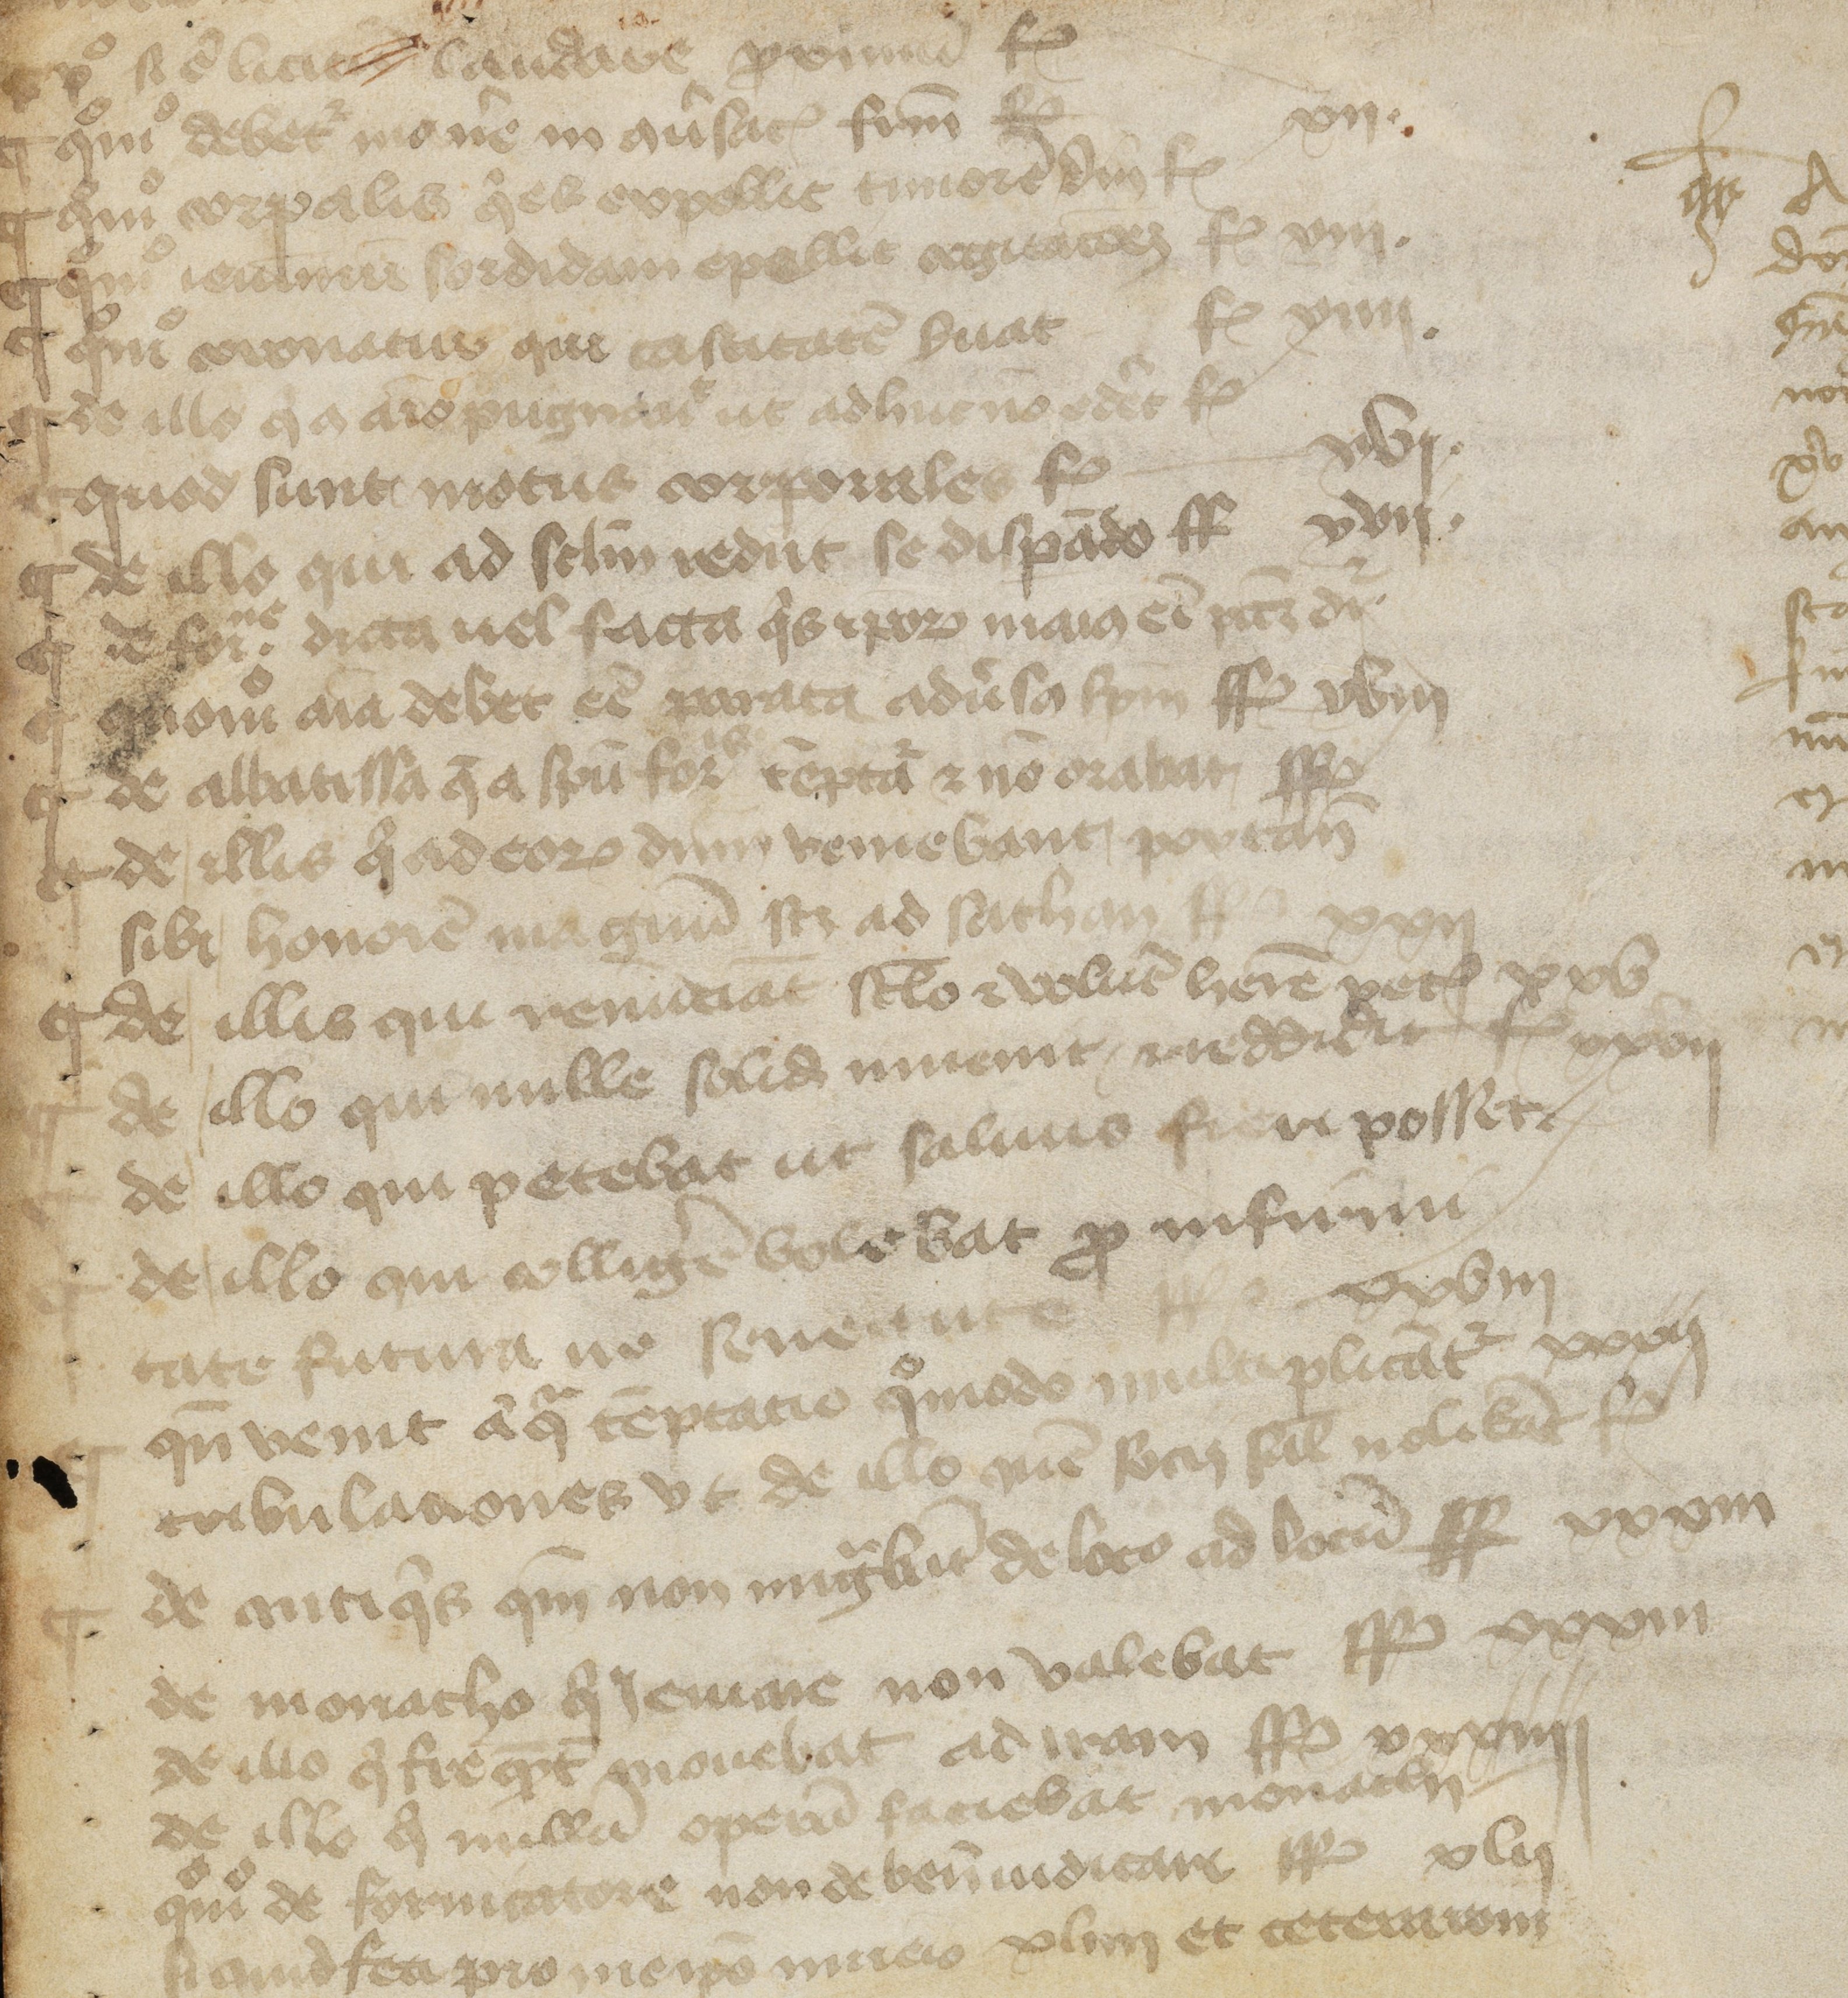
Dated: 1150–1199